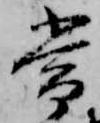
常